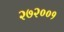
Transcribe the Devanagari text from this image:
२७२००१